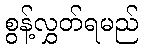
စွန့်လွှတ်ရမည်